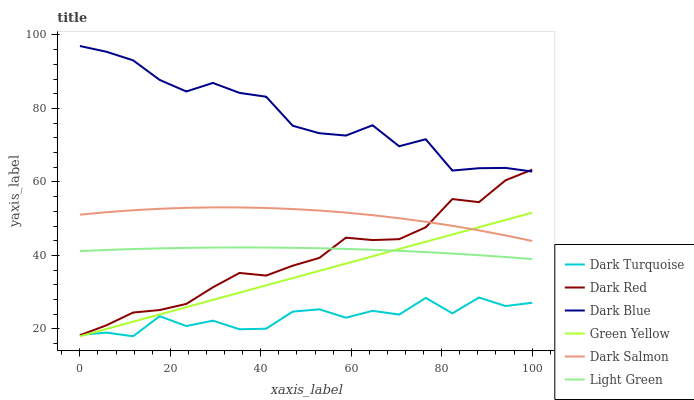
| xaxis_label | Dark Turquoise | Dark Red | Dark Blue | Green Yellow | Dark Salmon | Light Green |
 | --- | --- | --- | --- | --- | --- | --- |
 | 0 | 18.4 | 18.3 | 97 | 18 | 51.1 | 41.2 |
 | 5.88 | 19 | 21 | 95.4 | 20 | 51.8 | 41.5 |
 | 11.8 | 18 | 24.5 | 93.1 | 22 | 52.3 | 41.7 |
 | 17.6 | 23.5 | 25.1 | 87.8 | 23.9 | 52.7 | 41.9 |
 | 23.5 | 20.8 | 26.8 | 84.6 | 25.9 | 53 | 42.1 |
 | 29.4 | 22.2 | 31.3 | 87 | 27.9 | 53.1 | 42.1 |
 | 35.3 | 19.9 | 35.2 | 84.2 | 29.9 | 53.1 | 42.2 |
 | 41.2 | 20.1 | 34.5 | 83.2 | 31.8 | 52.9 | 42.2 |
 | 47.1 | 24.7 | 37.2 | 75.3 | 33.8 | 52.6 | 42.1 |
 | 52.9 | 25.3 | 39.3 | 73.3 | 35.8 | 52.2 | 42 |
 | 58.8 | 23 | 44.8 | 72.6 | 37.8 | 51.7 | 41.8 |
 | 64.7 | 24.9 | 44.2 | 75.4 | 39.8 | 51 | 41.5 |
 | 70.6 | 23.9 | 44.4 | 69.7 | 41.7 | 50.1 | 41.2 |
 | 76.5 | 28.4 | 47.7 | 71.6 | 43.7 | 49.2 | 40.9 |
 | 82.4 | 24.2 | 55.3 | 63.1 | 45.7 | 48.1 | 40.5 |
 | 88.2 | 28.5 | 54.5 | 63.7 | 47.7 | 46.8 | 40.1 |
 | 94.1 | 26.2 | 60.5 | 63.8 | 49.7 | 45.4 | 39.6 |
 | 100 | 27.1 | 63.3 | 62.8 | 51.6 | 43.9 | 39 |